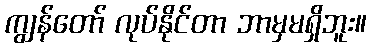
ကျွန်တော် လုပ်နိုင်တာ ဘာမှမရှိဘူး။